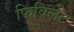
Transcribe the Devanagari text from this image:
फिविलेट